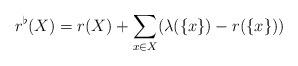
LaTeX: \begin{align*}r^\flat(X)=r(X)+\sum_{x\in X}(\lambda(\{x\})-r(\{x\}))\end{align*}